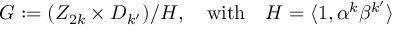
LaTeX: G : = ( Z _ { 2 k } \times D _ { k ^ { \prime } } ) / H , ~ ~ ~ \mathrm { w i t h } ~ ~ ~ H = \langle 1 , \alpha ^ { k } \beta ^ { k ^ { \prime } } \rangle